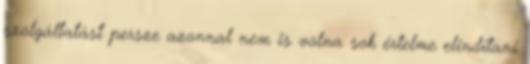
szolgáltatást persze azonnal nem is volna sok értelme elindítani